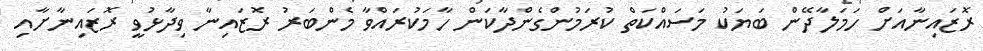
ރޮޒައިނާއަށް ހަމަލާދޭން ބަޔަކު މަސައްކަތް ކުރަމުންގެންދާކަން ހާމަކުރައްވާ މެންބަރު ރޮޒައިނާ ވިދާޅުވީ ރޮޒައިނާށާއި